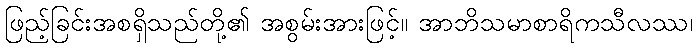
ဖြည့်ခြင်းအစရှိသည်တို့၏ အစွမ်းအားဖြင့်။ အာဘိသမာစာရိကသီလဿ၊